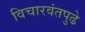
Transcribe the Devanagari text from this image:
विचारवंतपुढे